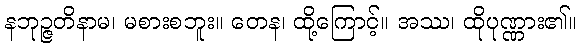
နဘုဉ္ဇတိနာမ၊ မစားစဘူး။ တေန၊ ထို့ကြောင့်။ အဿ၊ ထိုပုဏ္ဏား၏။